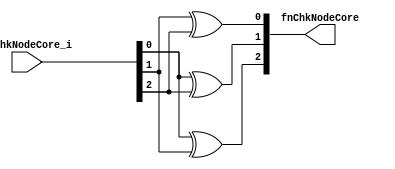
//
// Generated by Bluespec Compiler, version 2018.10.beta1 (build e1df8052c, 2018-10-17)
//
// On Wed May  1 14:05:33 IST 2019
//
//
// Ports:
// Name                         I/O  size props
// fnChkNodeCore                  O     3
// fnChkNodeCore_i                I     3
//
// Combinational paths from inputs to outputs:
//   fnChkNodeCore_i -> fnChkNodeCore
//
//

`ifdef BSV_ASSIGNMENT_DELAY
`else
  `define BSV_ASSIGNMENT_DELAY
`endif

`ifdef BSV_POSITIVE_RESET
  `define BSV_RESET_VALUE 1'b1
  `define BSV_RESET_EDGE posedge
`else
  `define BSV_RESET_VALUE 1'b0
  `define BSV_RESET_EDGE negedge
`endif

module module_fnChkNodeCore(fnChkNodeCore_i,
			    fnChkNodeCore);
  // value method fnChkNodeCore
  input  [2 : 0] fnChkNodeCore_i;
  output [2 : 0] fnChkNodeCore;

  // signals for module outputs
  wire [2 : 0] fnChkNodeCore;

  // value method fnChkNodeCore
  assign fnChkNodeCore =
	     { fnChkNodeCore_i[0] ^ fnChkNodeCore_i[1],
	       fnChkNodeCore_i[0] ^ fnChkNodeCore_i[2],
	       fnChkNodeCore_i[1] ^ fnChkNodeCore_i[2] } ;
endmodule  // module_fnChkNodeCore